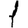
Digit: 1